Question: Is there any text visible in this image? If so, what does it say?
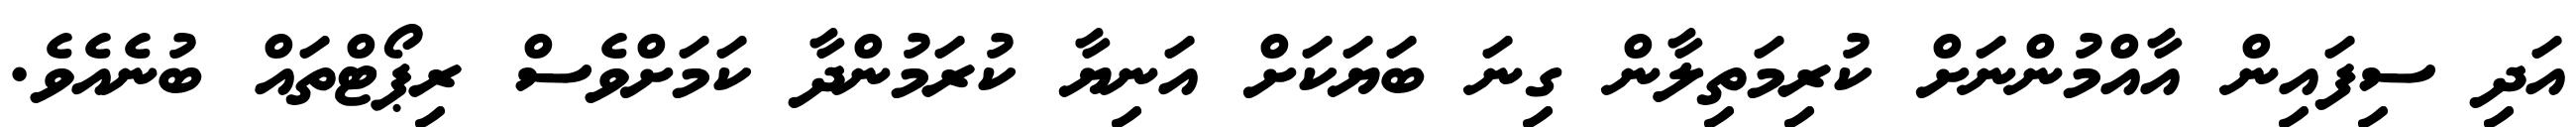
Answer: އަދި ސިފައިން އާއްމުންނަށް ކުރިމަތިލާން ގިނަ ބަޔަކަށް އަނިޔާ ކުރަމުންދާ ކަމަށްވެސް ރިޕޯޓްތައް ބުނެއެވެ.